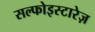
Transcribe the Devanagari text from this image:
सल्फोइस्टारेज़